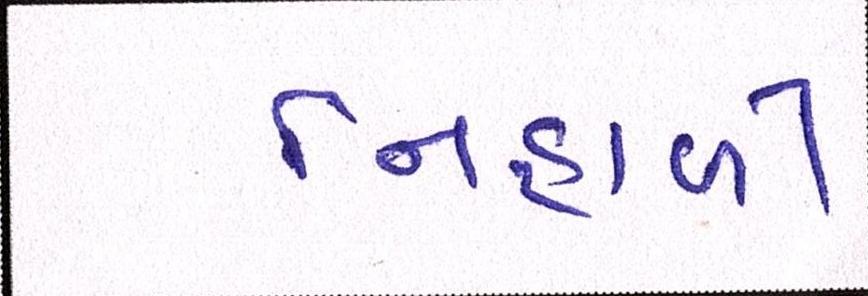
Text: નિહાળી